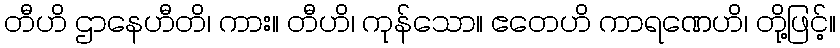
တီဟိ ဌာနေဟီတိ၊ ကား။ တီဟိ၊ ကုန်သော။ ဧတေဟိ ကာရဏေဟိ၊ တို့ဖြင့်။